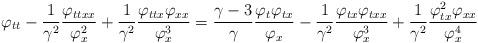
LaTeX: \begin{align*} \varphi_{tt} -\frac{1}{\gamma^2} \frac{\varphi_{ttxx}}{\varphi_x^2} + \frac{1}{\gamma^2} \frac{\varphi_{ttx} \varphi_{xx}}{\varphi_x^3} = \frac{\gamma-3}{\gamma} \frac{\varphi_t \varphi_{tx}}{\varphi_x} - \frac{1}{\gamma^2} \frac{\varphi_{tx} \varphi_{txx}}{\varphi_x^3} + \frac{1}{\gamma^2} \frac{\varphi_{tx}^2 \varphi_{xx}}{\varphi_x^4}\end{align*}